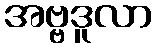
အဗ္ဗဒူလာ